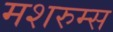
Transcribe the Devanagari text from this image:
मशरुम्स